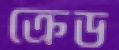
ক্রেড